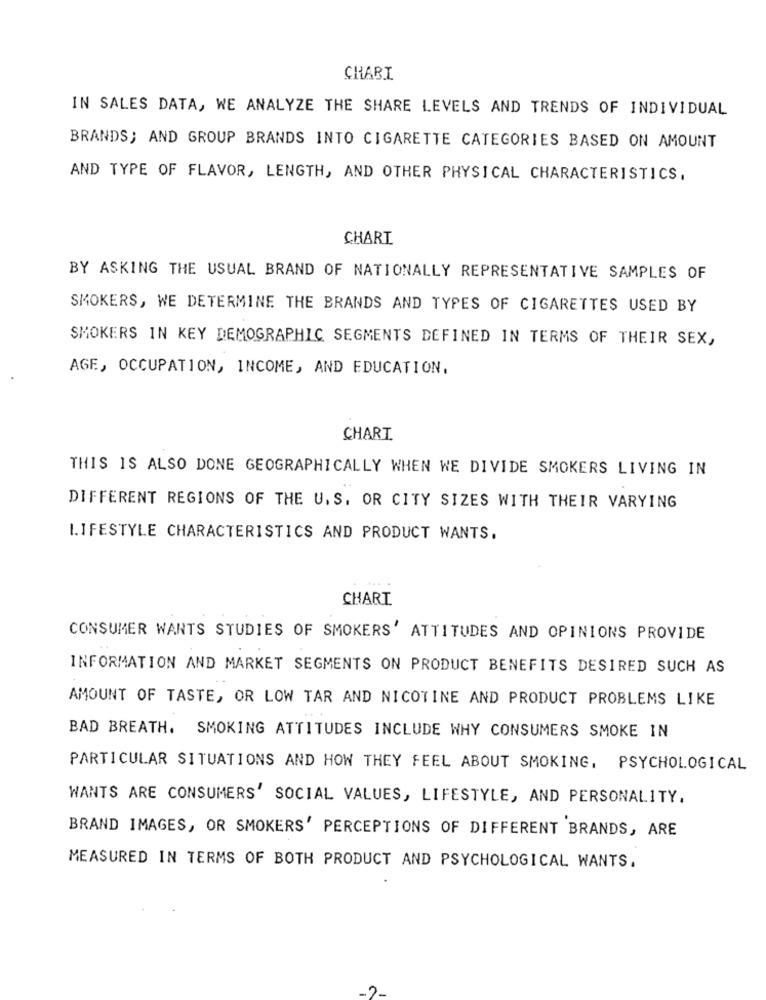
CHABI
IN SALES DATA, WE ANALYZE THE SHARE LEVELS AND TRENDS OF INDIVIDUAL
BRANDS; AND GROUP BRANDS INTO CIGARETTE CATEGORIES BASED ON AMOUNT
AND TYPE OF FLAVOR, LENGTH, AND OTHER PHYSICAL CHARACTERISTICS,
CHART
BY ASKING THE USUAL BRAND OF NATIONALLY REPRESENTATIVE SAMPLES OF
SMOKERS, WE DETERMINE THE BRANDS AND TYPES OF CIGARETTES USED BY
SMOKERS IN KEY DEMOGRAPHIC SEGMENTS DEFINED IN TERMS OF THEIR SEX,
AGE, OCCUPATION, INCOME, AND EDUCATION.
CHART
THIS IS ALSO DONE GEOGRAPHICALLY WHEN WE DIVIDE SMOKERS LIVING IN
DIFFERENT REGIONS OF THE U. S. OR CITY SIZES WITH THEIR VARYING
LIFESTYLE CHARACTERISTICS AND PRODUCT WANTS.
CHART.
CONSUMER WANTS STUDIES OF SMOKERS' ATTITUDES AND OPINIONS PROVIDE
INFORMATION AND MARKET SEGMENTS ON PRODUCT BENEFITS DESIRED SUCH AS
AMOUNT OF TASTE, OR LOW TAR AND NICOTINE AND PRODUCT PROBLEMS LIKE
BAD BREATH. SMOKING ATTITUDES INCLUDE WHY CONSUMERS SMOKE IN
PARTICULAR SITUATIONS AND HOW THEY FEEL ABOUT SMOKING, PSYCHOLOGICAL
WANTS ARE CONSUMERS' SOCIAL VALUES, LIFESTYLE, AND PERSONALITY.
BRAND IMAGES, OR SMOKERS' PERCEPTIONS OF DIFFERENT BRANDS, ARE
MEASURED IN TERMS OF BOTH PRODUCT AND PSYCHOLOGICAL WANTS.